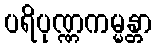
ပရိပုဏ္ဏကမ္မန္တာ